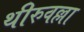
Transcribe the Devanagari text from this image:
थीरुवल्ला